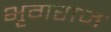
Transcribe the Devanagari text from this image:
भृगराज